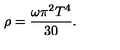
\rho = \frac { \omega \pi ^ { 2 } T ^ { 4 } } { 3 0 } .